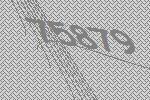
75879